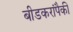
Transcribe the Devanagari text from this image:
बीडकरांपैकी